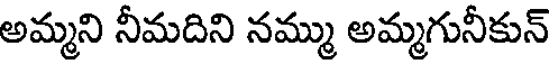
అమ్మని నీమదిని నమ్ము అమ్మగునీకున్